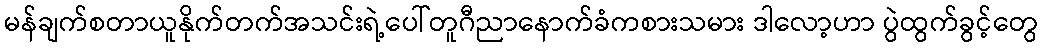
မန်ချက်စတာယူနိုက်တက်အသင်းရဲ့ပေါ်တူဂီညာနောက်ခံကစားသမား ဒါလော့ဟာ ပွဲထွက်ခွင့်တွေ